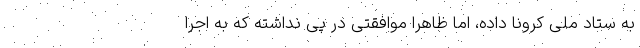
به ستاد ملی کرونا داده، اما ظاهرا موافقتی در پی نداشته که به اجرا